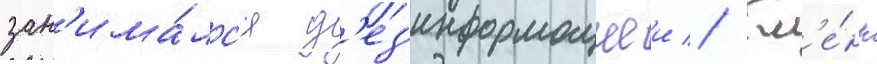
зан'има́лс'я д'ез'информациеи // Гл'е́нн